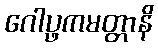
ဂေါပ္ဖကမတ္တာနိ